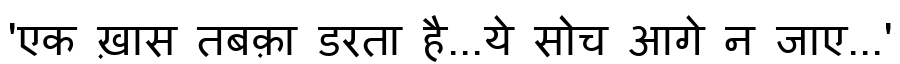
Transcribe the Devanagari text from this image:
'एक ख़ास तबक़ा डरता है...ये सोच आगे न जाए...'